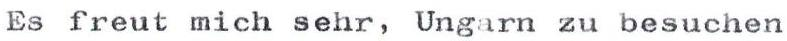
Es freut mich sehr, Ungarn zu besuchen